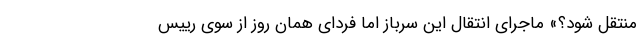
منتقل شود؟» ماجرای انتقال این سرباز اما فردای همان روز از سوی رییس